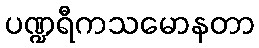
ပဏ္ဍရီကသမောနတာ